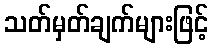
သတ်မှတ်ချက်များဖြင့်